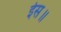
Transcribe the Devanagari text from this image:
ईस॥